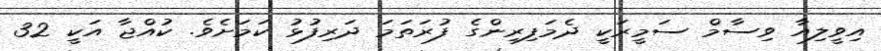
އިވީލިއާ ވިސާމް ސަމީރަކީ ދެމަފިރިންގެ ފުރަތަމަ ދަރިފުޅު ކަމަށެވެ. ކުއްޖާ އަކީ 32